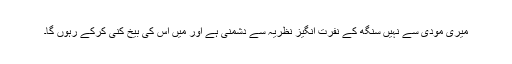
میری مودی سے نہیں سنگھ کے نفرت انگیز نظریہ سے دشمنی ہے اور میں اس کی بیخ کنی کرکے رہوں گا۔